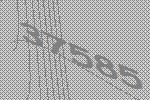
37585